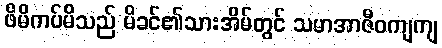
ဖိမိကပ်မိသည် မိခင်၏သားအိမ်တွင် သမာအာဇီဝကျကျ